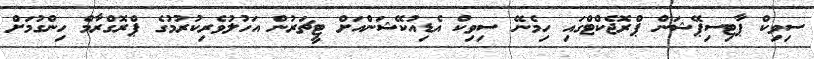
ސިވިކް ޕާޓިސިޕޭޝަން ޕްރޮޖެކްޓްގައި ހިމެނޭ ސިވިކް އެޑިއުކޭޝަންއަށް ޓީޗަރުން އަހުލުވެރިކުރުމުގެ ޕްރޮގްރާމް ހިންގުމަށް